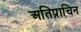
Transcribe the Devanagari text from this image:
अतिप्राचिन